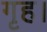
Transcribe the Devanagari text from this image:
गृह।